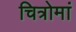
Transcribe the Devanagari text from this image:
चित्रोमां